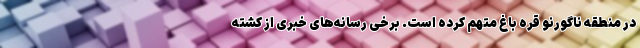
در منطقه ناگورنو قره باغ متهم کرده است. برخی رسانه‌های خبری از کشته